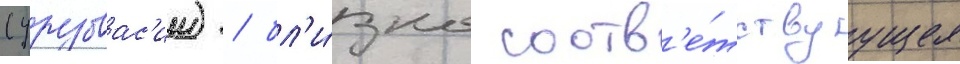
(урувас'ии) / бл'и́зко соотв'е́тствуущее